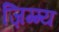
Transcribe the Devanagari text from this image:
ज़िग्ग्य